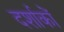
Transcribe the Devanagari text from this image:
दर्शाकों